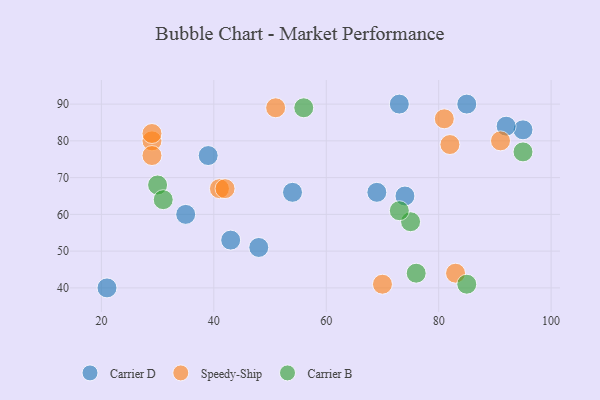
{"axis": {"x": "GDP", "y": "Life Expectancy"}, "legend": ["Carrier B", "Carrier D", "Speedy-Ship"], "data": [{"x": "95", "y": 83, "type": "Carrier D"}, {"x": "48", "y": 51, "type": "Carrier D"}, {"x": "92", "y": 84, "type": "Carrier D"}, {"x": "43", "y": 53, "type": "Carrier D"}, {"x": "54", "y": 66, "type": "Carrier D"}, {"x": "21", "y": 40, "type": "Carrier D"}, {"x": "85", "y": 90, "type": "Carrier D"}, {"x": "69", "y": 66, "type": "Carrier D"}, {"x": "73", "y": 90, "type": "Carrier D"}, {"x": "74", "y": 65, "type": "Carrier D"}, {"x": "39", "y": 76, "type": "Carrier D"}, {"x": "35", "y": 60, "type": "Carrier D"}, {"x": "82", "y": 79, "type": "Speedy-Ship"}, {"x": "29", "y": 80, "type": "Speedy-Ship"}, {"x": "51", "y": 89, "type": "Speedy-Ship"}, {"x": "83", "y": 44, "type": "Speedy-Ship"}, {"x": "70", "y": 41, "type": "Speedy-Ship"}, {"x": "41", "y": 67, "type": "Speedy-Ship"}, {"x": "42", "y": 67, "type": "Speedy-Ship"}, {"x": "29", "y": 76, "type": "Speedy-Ship"}, {"x": "29", "y": 82, "type": "Speedy-Ship"}, {"x": "91", "y": 80, "type": "Speedy-Ship"}, {"x": "81", "y": 86, "type": "Speedy-Ship"}, {"x": "75", "y": 58, "type": "Carrier B"}, {"x": "56", "y": 89, "type": "Carrier B"}, {"x": "85", "y": 41, "type": "Carrier B"}, {"x": "30", "y": 68, "type": "Carrier B"}, {"x": "76", "y": 44, "type": "Carrier B"}, {"x": "95", "y": 77, "type": "Carrier B"}, {"x": "31", "y": 64, "type": "Carrier B"}, {"x": "73", "y": 61, "type": "Carrier B"}]}